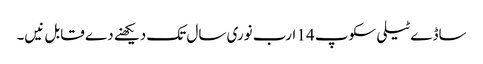
ساڈے ٹیلی سکوپ 14 ارب نوری سال تک دیکھنے دے قابل نیں۔